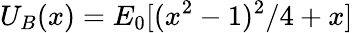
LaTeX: U_{B}(x)=E_{0}[(x^{2}-1)^{2}/4+x]